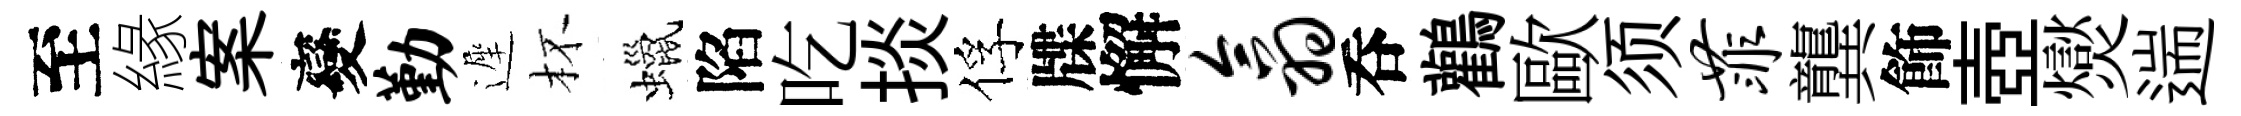
至緣案變勤遲杯蠟陷吃掞俘牒懈翕呑鸛歐须菲龔飾壺爕遄